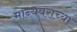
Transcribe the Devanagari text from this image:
मान्यवराच्या